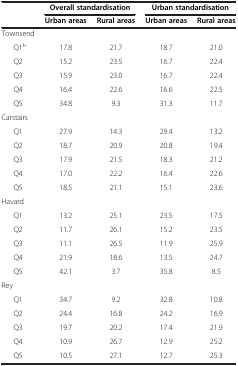
<table><thead><tr><td rowspan="2"><b> </b></td><td colspan="2"><b>Overall standardisation</b></td><td colspan="2"><b>Urban standardisation</b></td></tr><tr><td><b>Urban areas</b></td><td><b>Rural areas</b></td><td><b>Urban areas</b></td><td><b>Rural areas</b></td></tr></thead><tbody><tr><td>Townsend</td><td> </td><td> </td><td> </td><td> </td></tr><tr><td>Q1<sup>b</sup></td><td>17.8</td><td>21.7</td><td>18.7</td><td>21.0</td></tr><tr><td>Q2</td><td>15.2</td><td>23.5</td><td>16.7</td><td>22.4</td></tr><tr><td>Q3</td><td>15.9</td><td>23.0</td><td>16.7</td><td>22.4</td></tr><tr><td>Q4</td><td>16.4</td><td>22.6</td><td>16.6</td><td>22.5</td></tr><tr><td>Q5</td><td>34.8</td><td>9.3</td><td>31.3</td><td>11.7</td></tr><tr><td>Carstairs</td><td> </td><td> </td><td> </td><td> </td></tr><tr><td>Q1</td><td>27.9</td><td>14.3</td><td>29.4</td><td>13.2</td></tr><tr><td>Q2</td><td>18.7</td><td>20.9</td><td>20.8</td><td>19.4</td></tr><tr><td>Q3</td><td>17.9</td><td>21.5</td><td>18.3</td><td>21.2</td></tr><tr><td>Q4</td><td>17.0</td><td>22.2</td><td>16.4</td><td>22.6</td></tr><tr><td>Q5</td><td>18.5</td><td>21.1</td><td>15.1</td><td>23.6</td></tr><tr><td>Havard</td><td> </td><td> </td><td> </td><td> </td></tr><tr><td>Q1</td><td>13.2</td><td>25.1</td><td>23.5</td><td>17.5</td></tr><tr><td>Q2</td><td>11.7</td><td>26.1</td><td>15.2</td><td>23.5</td></tr><tr><td>Q3</td><td>11.1</td><td>26.5</td><td>11.9</td><td>25.9</td></tr><tr><td>Q4</td><td>21.9</td><td>18.6</td><td>13.5</td><td>24.7</td></tr><tr><td>Q5</td><td>42.1</td><td>3.7</td><td>35.8</td><td>8.5</td></tr><tr><td>Rey</td><td> </td><td> </td><td> </td><td> </td></tr><tr><td>Q1</td><td>34.7</td><td>9.2</td><td>32.8</td><td>10.8</td></tr><tr><td>Q2</td><td>24.4</td><td>16.8</td><td>24.2</td><td>16.9</td></tr><tr><td>Q3</td><td>19.7</td><td>20.2</td><td>17.4</td><td>21.9</td></tr><tr><td>Q4</td><td>10.9</td><td>26.7</td><td>12.9</td><td>25.2</td></tr><tr><td>Q5</td><td>10.5</td><td>27.1</td><td>12.7</td><td>25.3</td></tr></tbody></table>